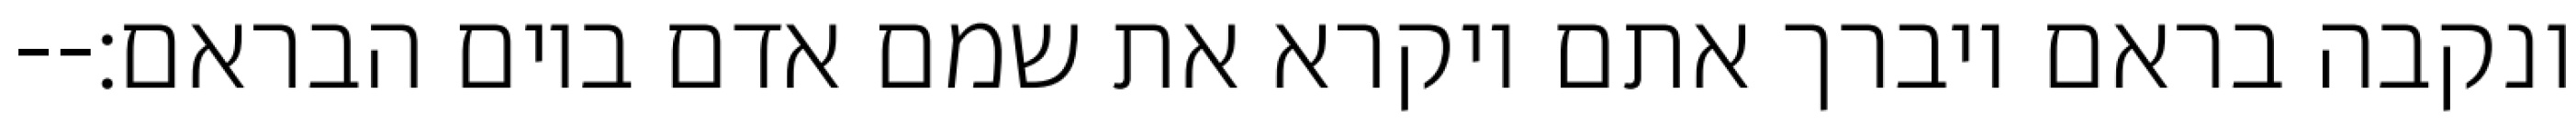
ונקבה בראם ויברך אתם ויקרא את שמם אדם ביום הבראם׃--